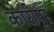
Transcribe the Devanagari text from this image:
कारीपुर